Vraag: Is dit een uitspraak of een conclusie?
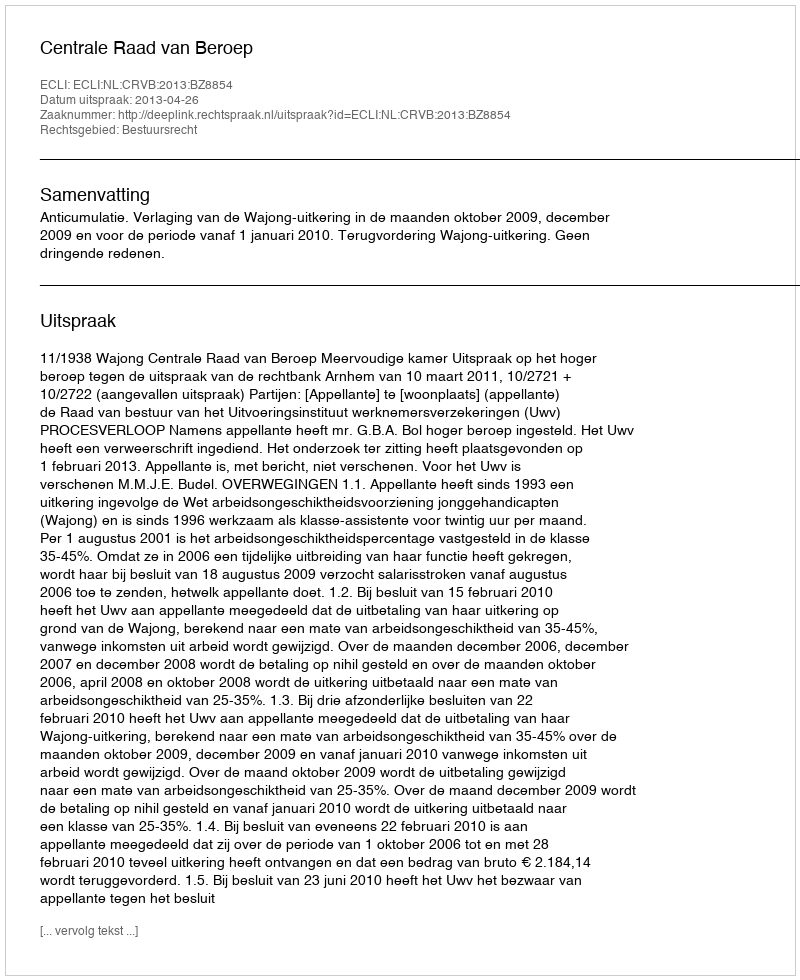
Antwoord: Uitspraak